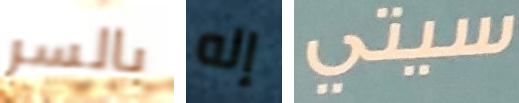
بالسر إله سيتي